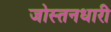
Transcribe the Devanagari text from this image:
जोस्तनधारी